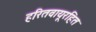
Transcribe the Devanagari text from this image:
हरितवायूरहित